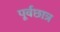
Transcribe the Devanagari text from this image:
पूर्वछात्र